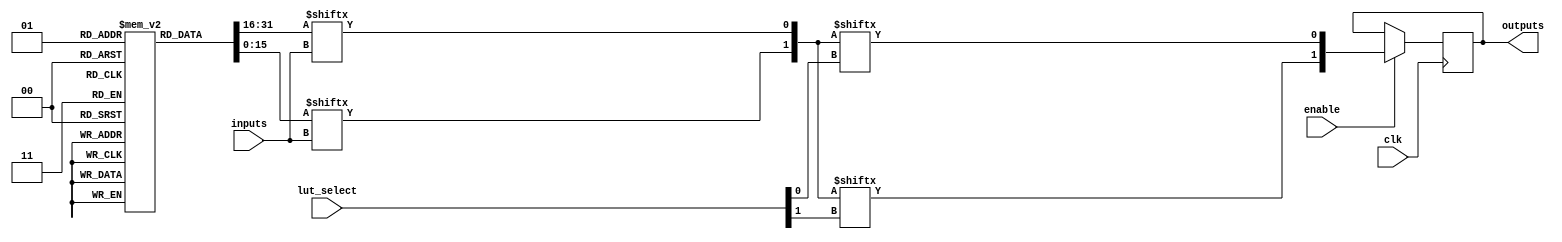
module CLB #(
    parameter NUM_LUTS = 2,     // Number of LUTs in the CLB
    parameter NUM_INPUTS = 4,    // Number of inputs per LUT
    parameter NUM_OUTPUTS = 2    // Number of outputs
)(
    input  wire [NUM_INPUTS-1:0]  inputs,                        // Input signals
    input  wire [NUM_OUTPUTS-1:0]  lut_select,                   // Select lines for multiplexers
    input  wire                     clk,                           // Clock for flip-flops
    input  wire                     enable,                        // Enable signal for the CLB
    output wire [NUM_OUTPUTS-1:0]  outputs                         // Output signals
);

    // LUT definitions
    reg [2**NUM_INPUTS-1:0] lut [0:NUM_LUTS-1]; // LUTs storage
    wire [NUM_LUTS-1:0] lut_out;                 // LUT outputs

    // Initialize LUTs with example truth tables (customize as needed)
    initial begin
        // Example LUT configurations
        // LUT 0: AND function
        lut[0] = 8'b00000000; // 4-input AND
        lut[0][15] = 1; // 1111 -> 1

        // LUT 1: OR function
        lut[1] = 8'b11110000; // 4-input OR
        lut[1][0] = 1; // 0000 -> 1
    end

    // Generate LUT outputs
    genvar i;
    generate
        for (i = 0; i < NUM_LUTS; i = i + 1) begin : lut_gen
            assign lut_out[i] = lut[i][inputs];
        end
    endgenerate

    // Mux for selecting outputs from LUTs
    reg [NUM_OUTPUTS-1:0] mux_out;

    always @(*) begin
        if (enable) begin
            mux_out[0] = lut_out[lut_select[0]];
            mux_out[1] = lut_out[lut_select[1]];
        end else begin
            mux_out = 2'b00; // Drive outputs low if not enabled
        end
    end

    // Flip-Flops for storage
    reg [NUM_OUTPUTS-1:0] ff_out;

    always @(posedge clk) begin
        if (enable) begin
            ff_out <= mux_out; // Store the selected output in flip-flops
        end
    end

    // Connect output
    assign outputs = ff_out;

endmodule